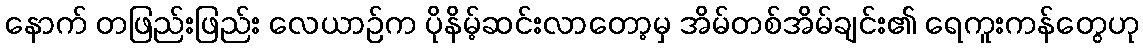
နောက် တဖြည်းဖြည်း လေယာဉ်က ပိုနိမ့်ဆင်းလာတော့မှ အိမ်တစ်အိမ်ချင်း၏ ရေကူးကန်တွေဟု